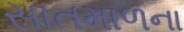
સાતમાળના